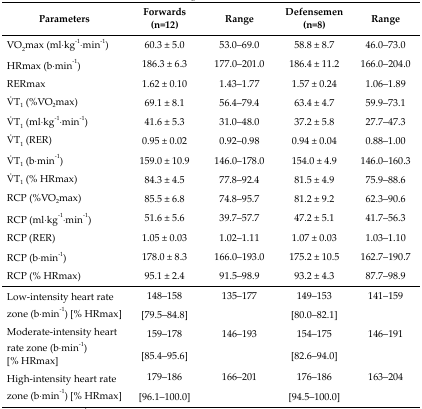
<table><thead><tr><td><b>Parameters</b></td><td><b>Forwards (n=12)</b></td><td><b>Range</b></td><td><b>Defensemen (n=8)</b></td><td><b>Range</b></td></tr></thead><tbody><tr><td>V̇O<sub>2</sub>max (ml·kg<sup>−1</sup>·min<sup>−1</sup>)</td><td>60.3 ± 5.0</td><td>53.0–69.0</td><td>58.8 ± 8.7</td><td>46.0–73.0</td></tr><tr><td>HRmax (b·min<sup>−1</sup>)</td><td>186.3 ± 6.3</td><td>177.0–201.0</td><td>186.4 ± 11.2</td><td>166.0–204.0</td></tr><tr><td>RERmax</td><td>1.62 ± 0.10</td><td>1.43–1.77</td><td>1.57 ± 0.24</td><td>1.06–1.89</td></tr><tr><td>V̇T<sub>1</sub> (%V̇O<sub>2</sub>max)</td><td>69.1 ± 8.1</td><td>56.4–79.4</td><td>63.4 ± 4.7</td><td>59.9–73.1</td></tr><tr><td>V̇T<sub>1</sub> (ml·kg<sup>−1</sup>·min<sup>−1</sup>)</td><td>41.6 ± 5.3</td><td>31.0–48.0</td><td>37.2 ± 5.8</td><td>27.7–47.3</td></tr><tr><td>V̇T<sub>1</sub> (RER)</td><td>0.95 ± 0.02</td><td>0.92–0.98</td><td>0.94 ± 0.04</td><td>0.88–1.00</td></tr><tr><td>V̇T<sub>1</sub> (b·min<sup>−1</sup>)</td><td>159.0 ± 10.9</td><td>146.0–178.0</td><td>154.0 ± 4.9</td><td>146.0–160.3</td></tr><tr><td>V̇T<sub>1</sub> (% HRmax)</td><td>84.3 ± 4.5</td><td>77.8–92.4</td><td>81.5 ± 4.9</td><td>75.9–88.6</td></tr><tr><td>RCP (%V̇O<sub>2</sub>max)</td><td>85.5 ± 6.8</td><td>74.8–95.7</td><td>81.2 ± 9.2</td><td>62.3–90.6</td></tr><tr><td>RCP (ml·kg<sup>−1</sup>·min<sup>−1</sup>)</td><td>51.6 ± 5.6</td><td>39.7–57.7</td><td>47.2 ± 5.1</td><td>41.7–56.3</td></tr><tr><td>RCP (RER)</td><td>1.05 ± 0.03</td><td>1.02–1.11</td><td>1.07 ± 0.03</td><td>1.03–1.10</td></tr><tr><td>RCP (b·min<sup>−1</sup>)</td><td>178.0 ± 8.3</td><td>166.0–193.0</td><td>175.2 ± 10.5</td><td>162.7–190.7</td></tr><tr><td>RCP (% HRmax)</td><td>95.1 ± 2.4</td><td>91.5–98.9</td><td>93.2 ± 4.3</td><td>87.7–98.9</td></tr><tr><td>Low-intensity heart rate zone (b·min<sup>−1</sup>) [% HRmax]</td><td>148–158 [79.5–84.8]</td><td>135–177</td><td>149–153 [80.0–82.1]</td><td>141–159</td></tr><tr><td>Moderate-intensity heart rate zone (b·min<sup>−1</sup>) [% HRmax]</td><td>159–178 [85.4–95.6]</td><td>146–193</td><td>154–175 [82.6–94.0]</td><td>146–191</td></tr><tr><td>High-intensity heart rate zone (b·min<sup>−1</sup>) [% HRmax]</td><td>179–186 [96.1–100.0]</td><td>166–201</td><td>176–186 [94.5–100.0]</td><td>163–204</td></tr></tbody></table>